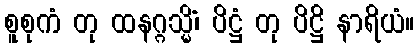
စူစုကံ တု ထနဂ္ဂသ္မိံ၊ ပိဋ္ဌံ တု ပိဋ္ဌိ နာရိယံ။